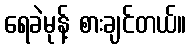
ရေခဲမုန့် စားချင်တယ်။